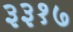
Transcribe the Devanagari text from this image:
३३१७